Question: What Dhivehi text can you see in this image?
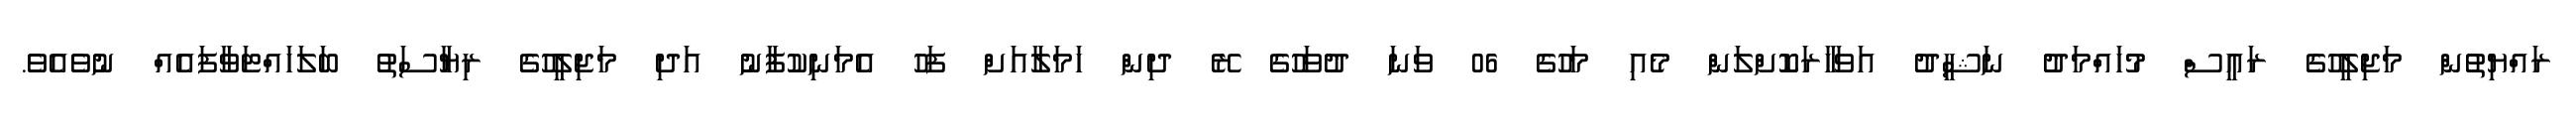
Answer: ރައްޔިތުން މަޖިލީހުގެ ރައީސް މުހައްމަދު ނަޝީދު އަވަހާރަކޮށްލަން މެއި މަހުގެ 06 ވަނަ ދުވަހުގެ ރޭ ދިން ހަމަލާއަށް ފަހު އެމަނިކުފާނު އަދި މަޖިލީހުގެ ރިޔާސަތު ބަލަހައްޓަވާފައެއް ނުވެއެވެ.